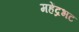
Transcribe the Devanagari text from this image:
महेंद्रभट